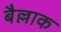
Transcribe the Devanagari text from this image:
बैल्लाक